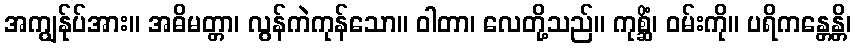
အကျွန်ုပ်အား။ အဓိမတ္တာ၊ လွန်ကဲကုန်သော။ ဝါတာ၊ လေတို့သည်။ ကုစ္ဆိံ၊ ဝမ်းကို။ ပရိကန္တေန္တိ၊